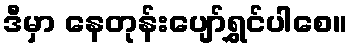
ဒီမှာ နေတုန်းပျော်ရွှင်ပါစေ။